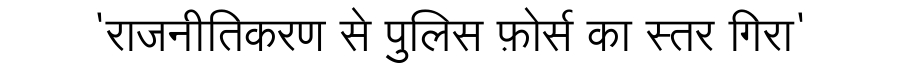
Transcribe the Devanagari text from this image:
'राजनीतिकरण से पुलिस फ़ोर्स का स्तर गिरा'